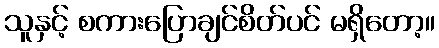
သူနှင့် စကားပြောချင်စိတ်ပင် မရှိတော့။